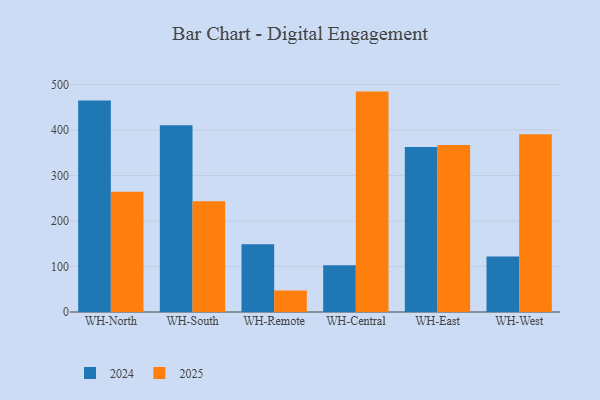
{"axis": {"x": "Warehouse", "y": "Bounce Rate (%)"}, "legend": ["2024", "2025"], "data": [{"x": "WH-North", "y": 264.4, "type": "2025"}, {"x": "WH-North", "y": 464.8, "type": "2024"}, {"x": "WH-South", "y": 243.2, "type": "2025"}, {"x": "WH-South", "y": 410.3, "type": "2024"}, {"x": "WH-Remote", "y": 47.3, "type": "2025"}, {"x": "WH-Remote", "y": 149.2, "type": "2024"}, {"x": "WH-Central", "y": 484.5, "type": "2025"}, {"x": "WH-Central", "y": 102.7, "type": "2024"}, {"x": "WH-East", "y": 367.3, "type": "2025"}, {"x": "WH-East", "y": 362.6, "type": "2024"}, {"x": "WH-West", "y": 390.8, "type": "2025"}, {"x": "WH-West", "y": 121.9, "type": "2024"}]}